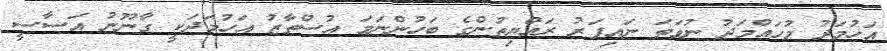
އަހުމަދު މުހައްމަދު ނުވަތަ ނައިފަރު ރައްޔިތުންގެ ބަހުންނަމަ އުސްތާޒު އަހުމަދަކީ ގާނޫނު އަސާސީ